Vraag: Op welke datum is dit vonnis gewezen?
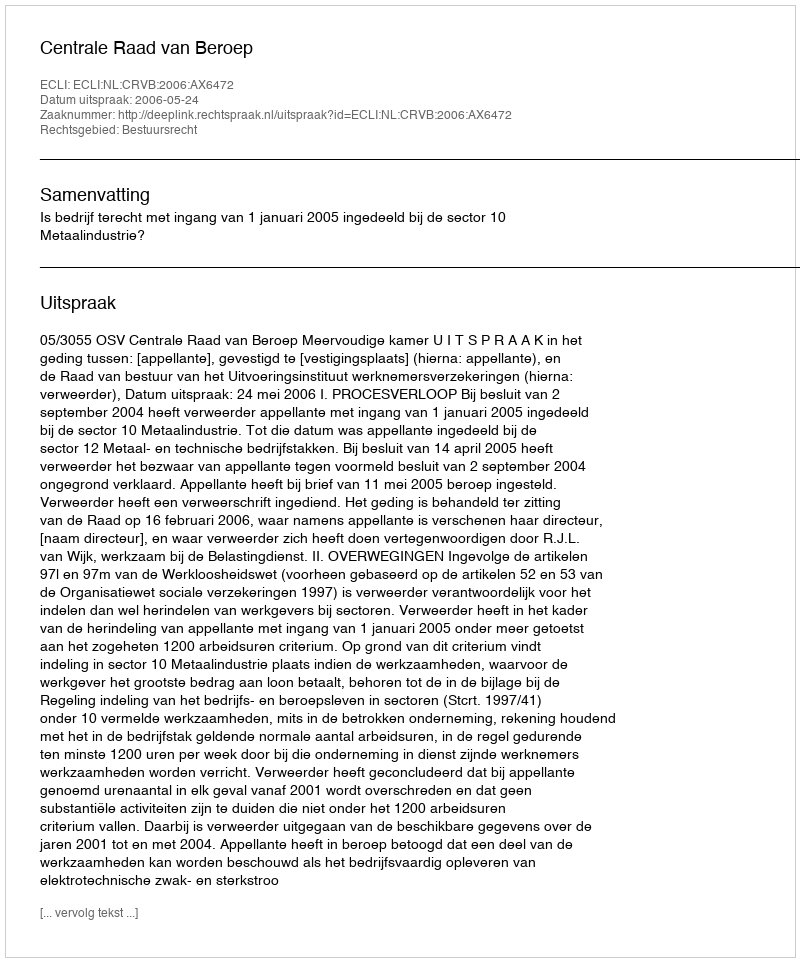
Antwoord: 2006-05-24